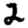
Digit: 2